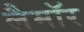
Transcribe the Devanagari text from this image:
लैमॉर